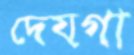
দেয়গা